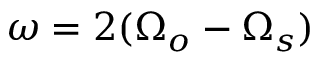
\omega = 2 ( \Omega _ { o } - \Omega _ { s } )